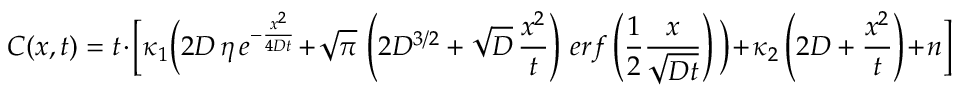
C ( x , t ) = t \cdot \bigg [ \kappa _ { 1 } \bigg ( 2 D \, \eta \, e ^ { - \frac { x ^ { 2 } } { 4 D t } } + \sqrt { \pi } \, \left( 2 D ^ { 3 / 2 } + \sqrt { D } \, \frac { x ^ { 2 } } { t } \right) \, e r f \left( \frac { 1 } { 2 } \frac { x } { \sqrt { D t } } \right) \bigg ) + \kappa _ { 2 } \left( 2 D + \frac { x ^ { 2 } } { t } \right) + n \bigg ]